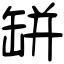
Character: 缾